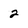
Character: 2